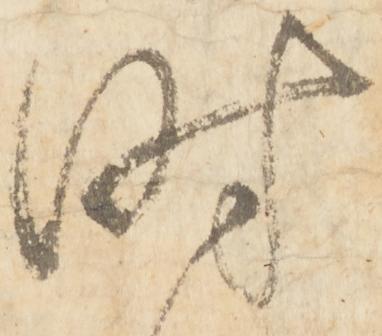
時